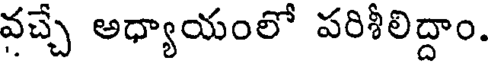
వచ్చే అధ్యాయంలో పరిశీలిద్దాం.